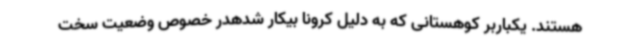
هستند. یکباربر کوهستانی که به دلیل کرونا بیکار شدهدر خصوص وضعیت سخت